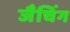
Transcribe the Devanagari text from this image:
जैचिंग